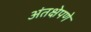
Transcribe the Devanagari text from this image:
अंतक्षेपणे